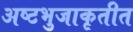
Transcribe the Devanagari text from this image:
अष्टभुजाकृतीत